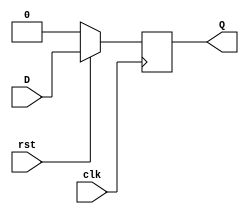
module d_flip_flop (
  input wire clk,
  input wire rst,
  input wire D,
  output reg Q
);

always @(negedge clk) begin
  if (!rst) begin
    Q <= 1'b0;
  end else begin
    Q <= D;
  end
end

endmodule